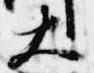
大